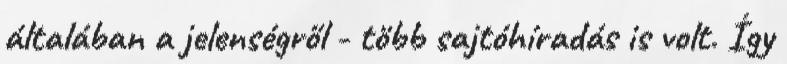
általában a jelenségről - több sajtóhíradás is volt. Így